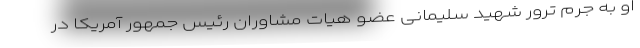
او به جرم ترور شهید سلیمانی عضو هیات مشاوران رئیس جمهور آمریکا در